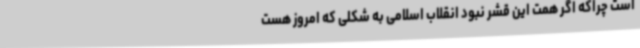
است چراکه اگر همت این قشر نبود انقلاب اسلامی به شکلی که امروز هست